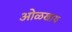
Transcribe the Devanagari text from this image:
ओळखाय